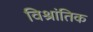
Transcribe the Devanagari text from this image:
विश्रांतिक